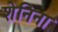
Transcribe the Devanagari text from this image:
शेनिना